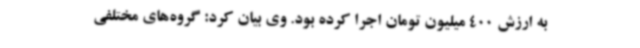
به ارزش 400 میلیون تومان اجرا کرده بود. وی بیان کرد: گروه‌های مختلفی